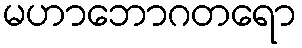
မဟာဘောဂတရော